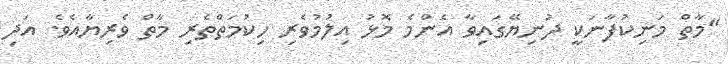
"މާތް މަނިކުފާނަކީ ދުނިޔޭގައިވާ އެންމެ މޮޅު އިލުމުވެރި ހިކުމަތްތެރި މާތް ވެރިޔާއެވެ. އަދި